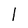
Character: 1